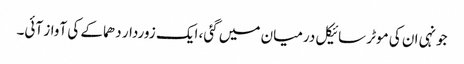
جونہی ان کی موٹر سائیکل درمیان میں گئی، ایک زوردار دھماکے کی آواز آئی۔